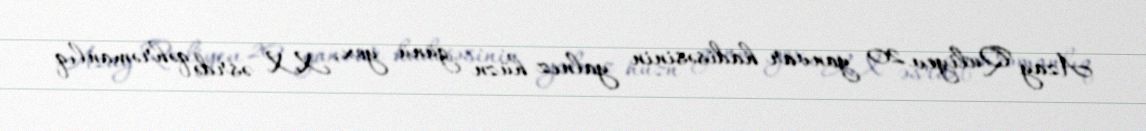
Azay Quliyev 20 yanvar hadisəsinin yalnız hüzn günü yox, XX əsrdə qəhrəmanlıq